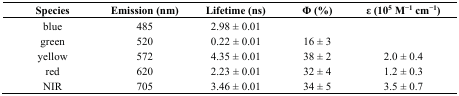
<table><thead><tr><td><b>Species</b></td><td><b>Emission (nm)</b></td><td><b>Lifetime (ns)</b></td><td><b>Φ (%)</b></td><td><b>ε (10<sup>5</sup> M<sup>−1</sup> cm<sup>−1</sup>)</b></td></tr></thead><tbody><tr><td>blue</td><td>485</td><td>2.98 ± 0.01</td><td></td><td></td></tr><tr><td>green</td><td>520</td><td>0.22 ± 0.01</td><td>16 ± 3</td><td></td></tr><tr><td>yellow</td><td>572</td><td>4.35 ± 0.01</td><td>38 ± 2</td><td>2.0 ± 0.4</td></tr><tr><td>red</td><td>620</td><td>2.23 ± 0.01</td><td>32 ± 4</td><td>1.2 ± 0.3</td></tr><tr><td>NIR</td><td>705</td><td>3.46 ± 0.01</td><td>34 ± 5</td><td>3.5 ± 0.7</td></tr></tbody></table>